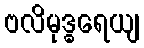
ဗလိမုဒ္ဓရေယျ